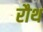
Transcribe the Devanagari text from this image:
रौथ